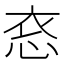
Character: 𪫳